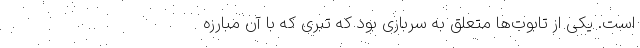
است. یکی از تابوت‌ها متعلق به سربازی بود که تبری که با آن مبارزه